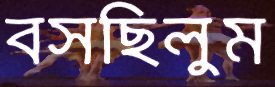
বসছিলুম